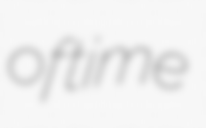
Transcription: of time